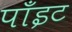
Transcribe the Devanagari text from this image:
पाँइट